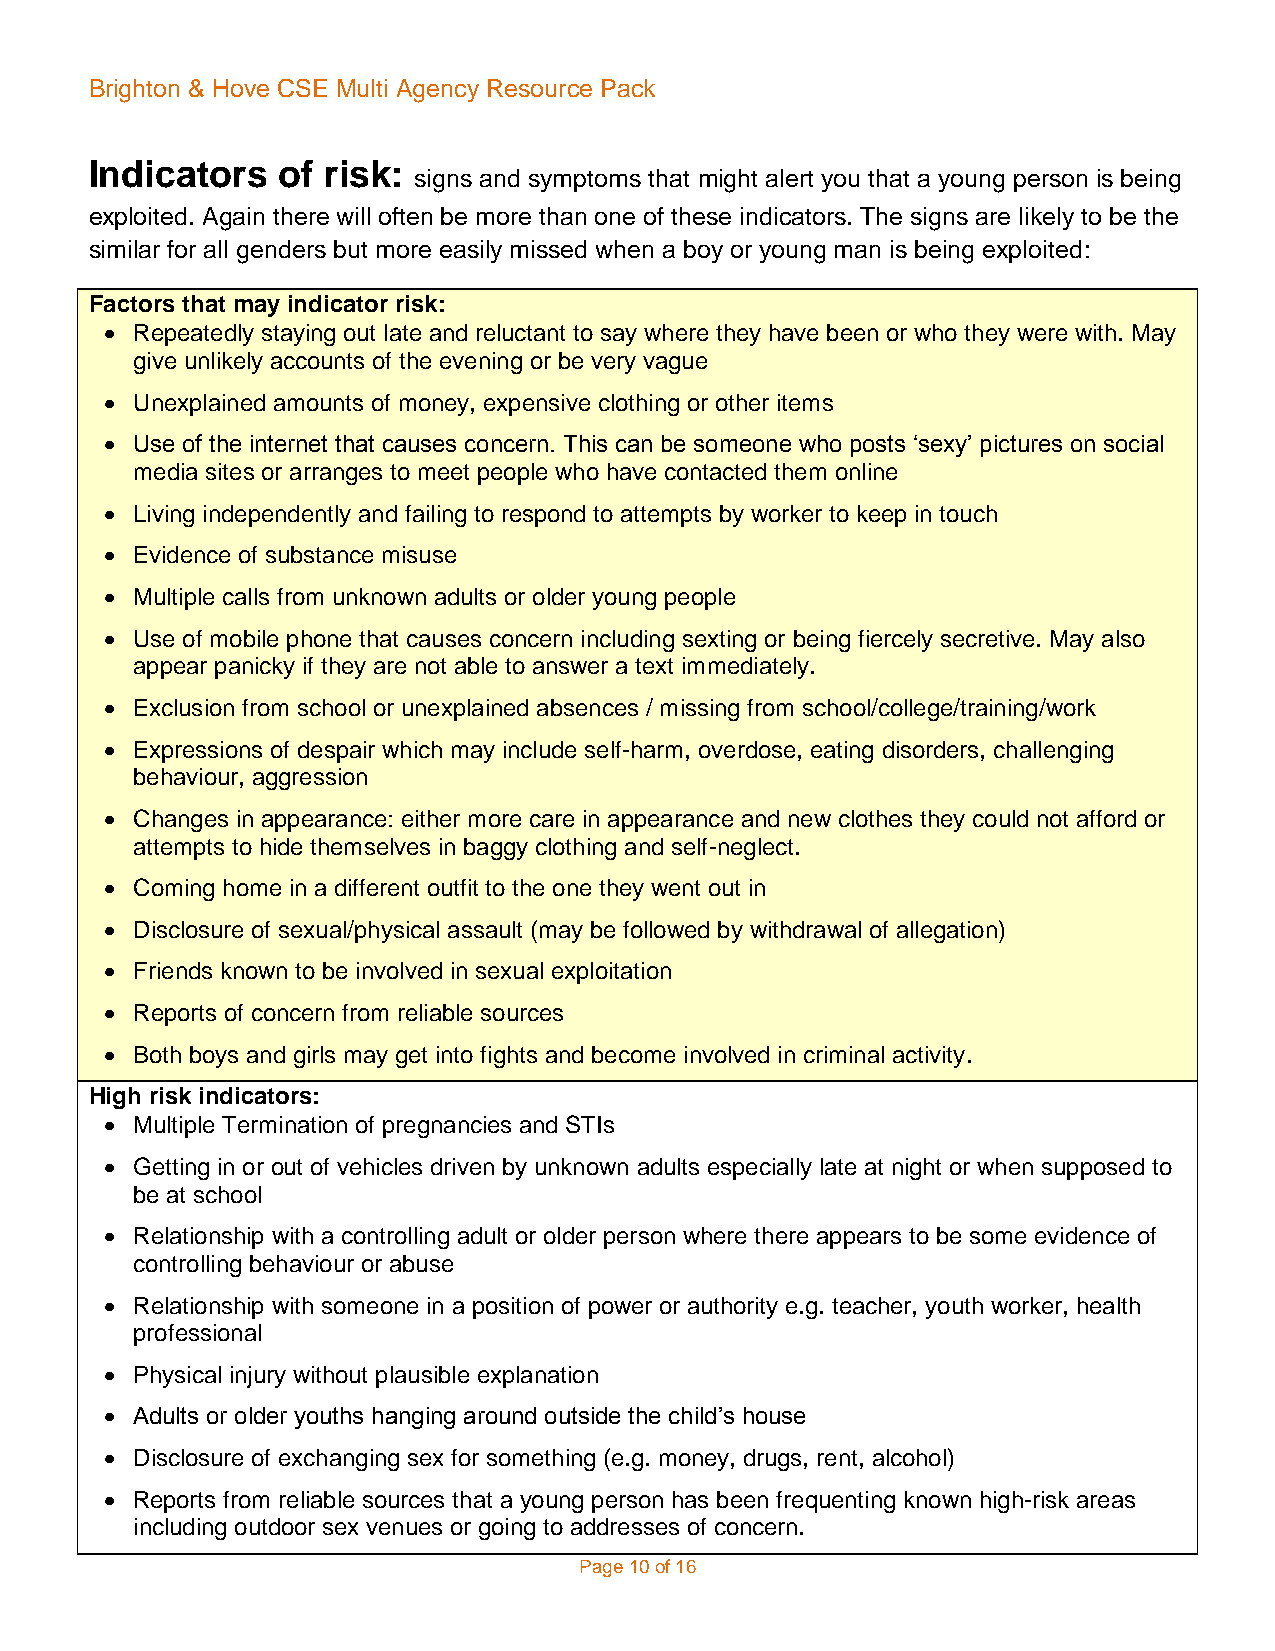
Brighton & Hove CSE Multi Agency Resource Pack
 Indicators  of risk:
 signs and symptoms that might alert you that a young person is being
 exploited. Again there will often be more than one of these indicators. The signs are likely to be the
 similar for all genders but more easily missed when a boy or young man is being exploited:
 Factors that may indicator risk:
  Repeatedly staying out late and reluctant to say where they have been or who they were with. May
 give unlikely accounts of the evening or be very vague
  Unexplained amounts of money, expensive clothing or other items
  Use of the internet that causes concern. This can be someone who posts ‘sexy’ pictures on social
 media sites or arranges to meet people who have contacted them online
  Living independently and failing to respond to attempts by worker to keep in touch
  Evidence of substance misuse
  Multiple calls from unknown adults or older young people
  Use of mobile phone that causes concern including sexting or being fiercely secretive. May also
 appear panicky if they are not able to answer a text immediately.
  Exclusion from school or unexplained absences / missing from school/college/training/work
  Expressions of despair which may include self-harm, overdose, eating disorders, challenging
 behaviour, aggression
  Changes in appearance: either more care in appearance and new clothes they could not afford or
 attempts to hide themselves in baggy clothing and self-neglect.
  Coming home in a different outfit to the one they went out in
  Disclosure of sexual/physical assault (may be followed by withdrawal of allegation)
  Friends known to be involved in sexual exploitation
  Reports of concern from reliable sources
  Both boys and girls may get into fights and become involved in criminal activity.
 High risk indicators:
  Multiple Termination of pregnancies and STIs
  Getting in or out of vehicles driven by unknown adults especially late at night or when supposed to
 be at school
  Relationship with a controlling adult or older person where there appears to be some evidence of
 controlling behaviour or abuse
  Relationship with someone in a position of power or authority e.g. teacher, youth worker, health
 professional
  Physical injury without plausible explanation
  Adults or older youths hanging around outside the child’s house
  Disclosure of exchanging sex for something (e.g. money, drugs, rent, alcohol)
  Reports from reliable sources that a young person has been frequenting known high-risk areas
 including outdoor sex venues or going to addresses of concern.
 Page 10 of 16